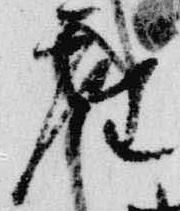
座